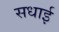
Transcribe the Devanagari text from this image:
सधाई